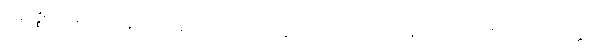
ပဋိဝိဇ္ဈိ။ ဧဝမဿ ဩကာသလောကောပိ သဗ္ဗထာ ဝိဒိတော။ ဧဝမ္ပိ သဗ္ဗထာ ဝိဒိတလောကတ္တာ